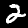
Label: 2